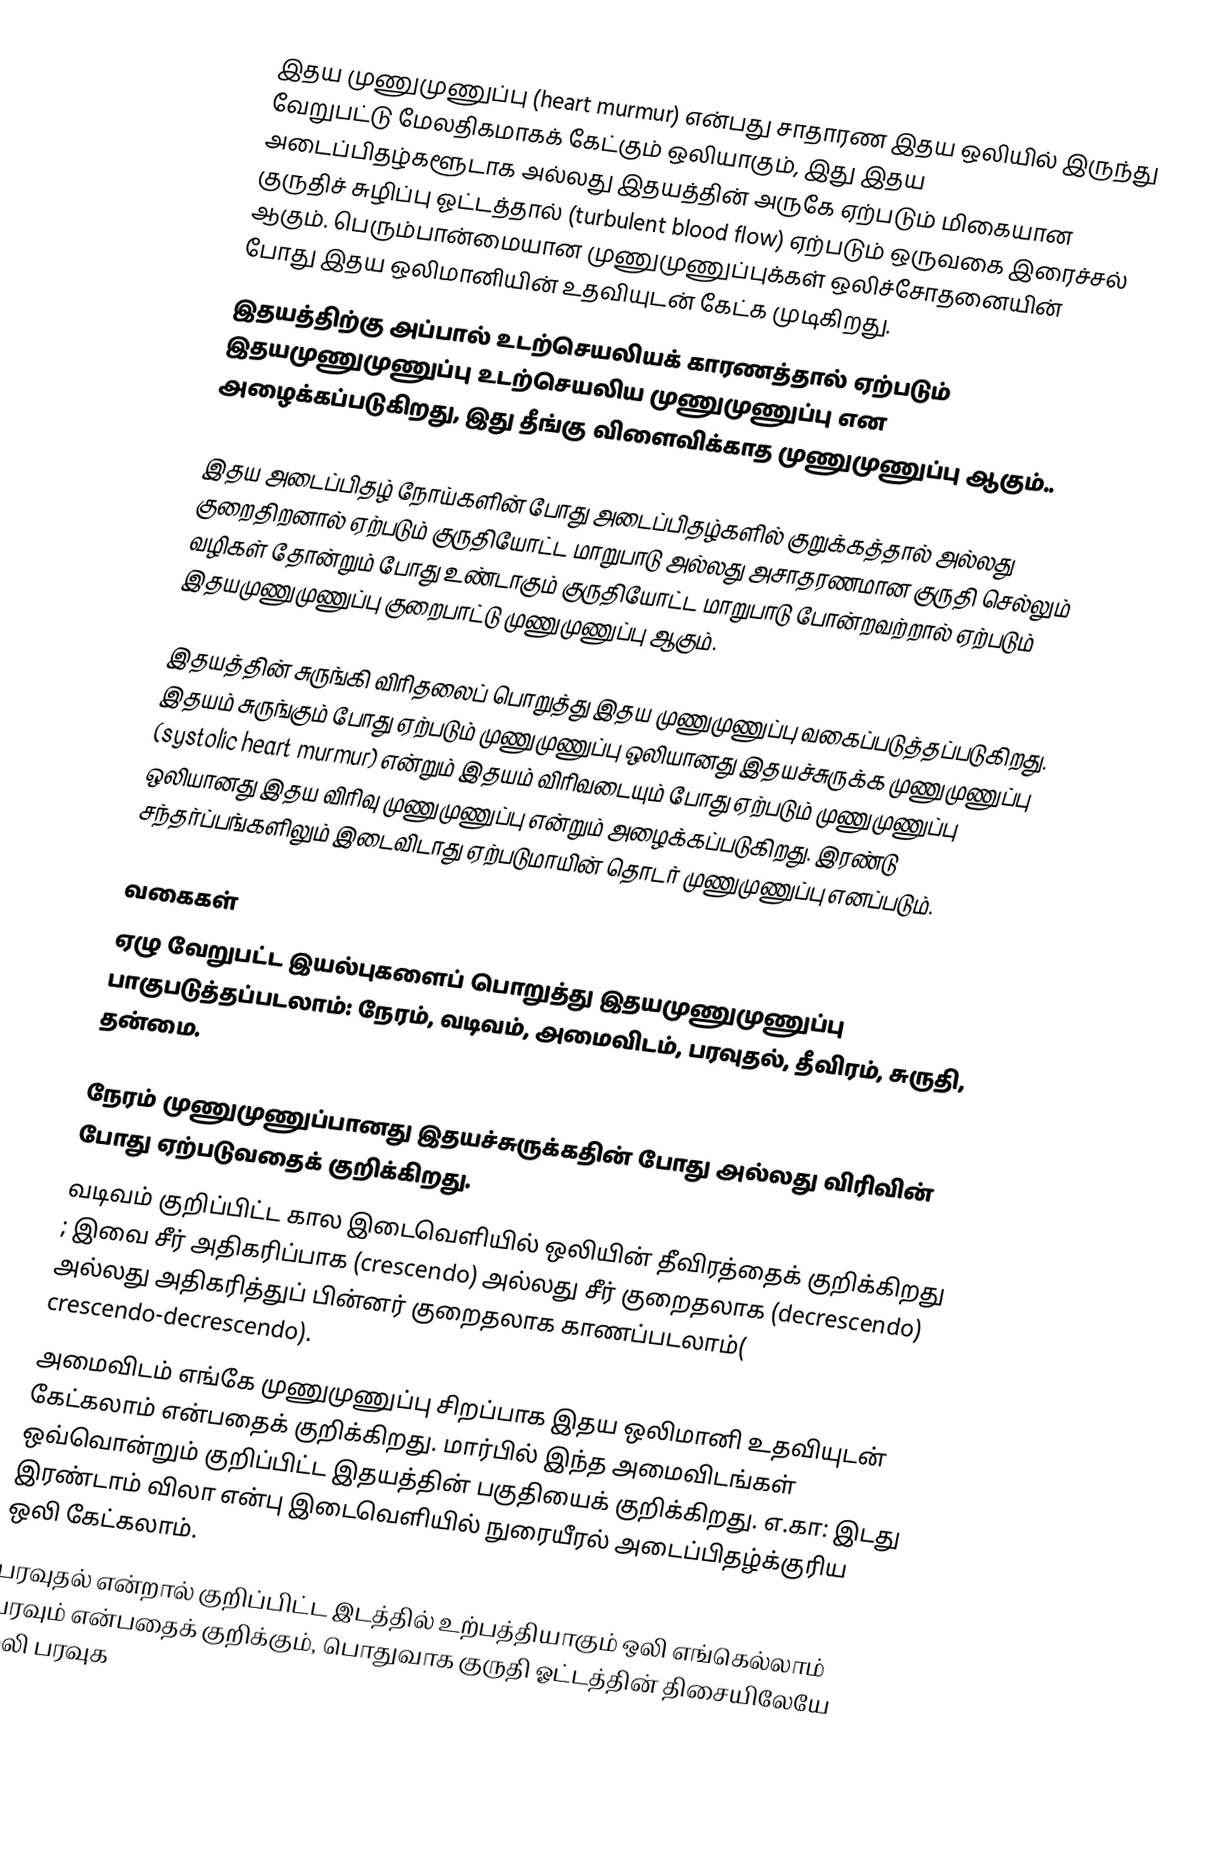
இதய முணுமுணுப்பு (heart murmur) என்பது சாதாரண இதய ஒலியில் இருந்து வேறுபட்டு மேலதிகமாகக் கேட்கும் ஒலியாகும், இது இதய அடைப்பிதழ்களூடாக அல்லது இதயத்தின் அருகே ஏற்படும் மிகையான குருதிச் சுழிப்பு ஓட்டத்தால் (turbulent blood flow) ஏற்படும் ஒருவகை இரைச்சல் ஆகும். பெரும்பான்மையான முணுமுணுப்புக்கள் ஒலிச்சோதனையின் போது இதய ஒலிமானியின் உதவியுடன் கேட்க முடிகிறது.
இதயத்திற்கு அப்பால் உடற்செயலியக் காரணத்தால் ஏற்படும்  இதயமுணுமுணுப்பு உடற்செயலிய முணுமுணுப்பு என அழைக்கப்படுகிறது, இது தீங்கு விளைவிக்காத முணுமுணுப்பு ஆகும்..

இதய அடைப்பிதழ் நோய்களின் போது அடைப்பிதழ்களில் குறுக்கத்தால் அல்லது குறைதிறனால் ஏற்படும் குருதியோட்ட மாறுபாடு அல்லது அசாதரணமான குருதி செல்லும் வழிகள் தோன்றும் போது  உண்டாகும் குருதியோட்ட மாறுபாடு போன்றவற்றால் ஏற்படும் இதயமுணுமுணுப்பு குறைபாட்டு முணுமுணுப்பு ஆகும்.

இதயத்தின் சுருங்கி விரிதலைப் பொறுத்து இதய முணுமுணுப்பு வகைப்படுத்தப்படுகிறது. இதயம் சுருங்கும் போது ஏற்படும் முணுமுணுப்பு ஒலியானது இதயச்சுருக்க முணுமுணுப்பு (systolic heart murmur) என்றும் இதயம் விரிவடையும் போது ஏற்படும் முணுமுணுப்பு ஒலியானது இதய விரிவு முணுமுணுப்பு என்றும் அழைக்கப்படுகிறது. இரண்டு சந்தர்ப்பங்களிலும் இடைவிடாது ஏற்படுமாயின் தொடர் முணுமுணுப்பு எனப்படும்.

வகைகள்
ஏழு வேறுபட்ட இயல்புகளைப் பொறுத்து இதயமுணுமுணுப்பு பாகுபடுத்தப்படலாம்: நேரம், வடிவம், அமைவிடம், பரவுதல், தீவிரம், சுருதி, தன்மை.

 நேரம் முணுமுணுப்பானது இதயச்சுருக்கதின் போது அல்லது விரிவின் போது ஏற்படுவதைக் குறிக்கிறது.
 வடிவம் குறிப்பிட்ட கால இடைவெளியில் ஒலியின் தீவிரத்தைக் குறிக்கிறது ; இவை சீர் அதிகரிப்பாக (crescendo) அல்லது  சீர் குறைதலாக (decrescendo) அல்லது அதிகரித்துப் பின்னர் குறைதலாக காணப்படலாம்( crescendo-decrescendo).
 அமைவிடம் எங்கே முணுமுணுப்பு சிறப்பாக இதய ஒலிமானி உதவியுடன் கேட்கலாம் என்பதைக் குறிக்கிறது.  மார்பில் இந்த அமைவிடங்கள் ஒவ்வொன்றும் குறிப்பிட்ட இதயத்தின் பகுதியைக் குறிக்கிறது. எ.கா: இடது இரண்டாம் விலா என்பு இடைவெளியில் நுரையீரல் அடைப்பிதழ்க்குரிய ஒலி கேட்கலாம்.
 பரவுதல் என்றால் குறிப்பிட்ட இடத்தில் உற்பத்தியாகும் ஒலி எங்கெல்லாம் பரவும் என்பதைக் குறிக்கும், பொதுவாக குருதி ஓட்டத்தின் திசையிலேயே ஒலி பரவுக